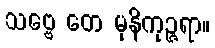
သဗ္ဗေ တေ မုနိကုဉ္ဇရာ။